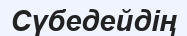
Сүбедейдің